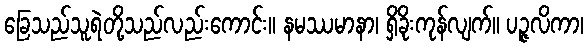
ခြေသည်သူရဲတို့သည်လည်းကောင်း။ နမဿမာနာ၊ ရှိခိုးကုန်လျက်။ ပဉ္ဇလိကာ၊